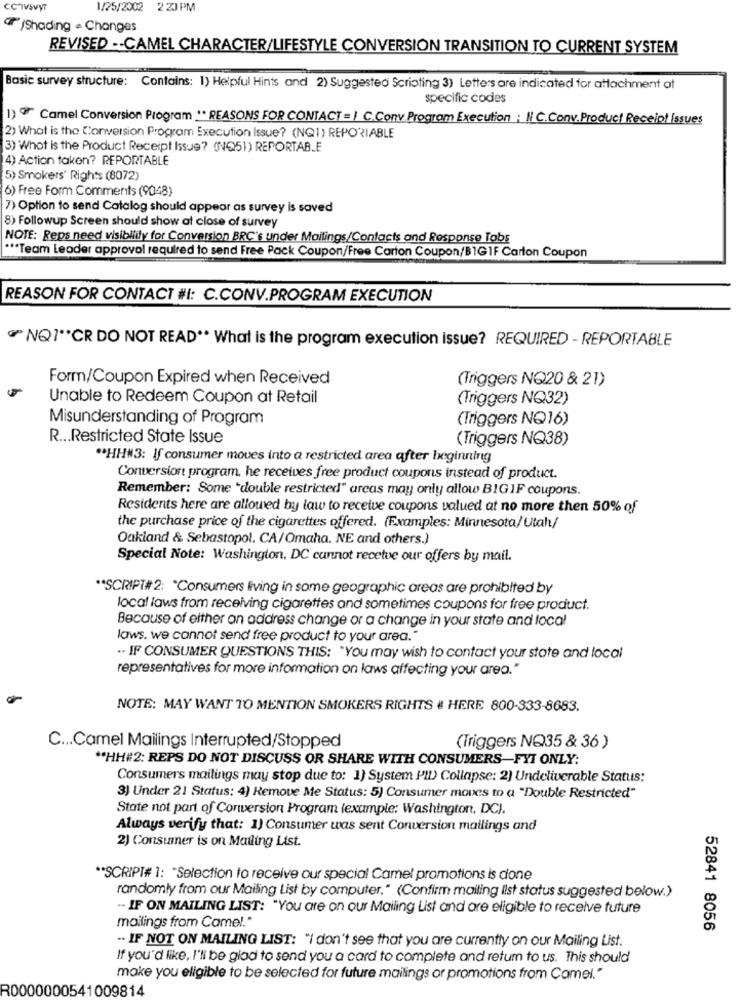
CCHIVSVYT
1/25/2002 2 ZJ PM
/Shading - Changes
REVISED -CAMEL CHARACTER/LIFESTYLE CONVERSION TRANSITION TO CURRENT SYSTEM
Basie survey structure: Contains: 1) Helpful Hints and 2) Suggested Scrioting 3) Letters are indicated for attachment of
specific codes
1) Camel Conversion Program " REASONS FOR CONTACT = | C.Conv. Program Execution : N .C.Conv.Product Receipt Issues
2) What is the Conversion Program Execution Issue? (NQ1) REPORIABLE
3) What is the Product Receipt Issue? (NQ51) REPORTABLE
4) Action taken? REPORTABLE
5) Smokers' Rights (8072)
6) Free Form Comments (9048)
7) Option to send Catalog should appear as survey is saved
8) Followup Screen should show at close of survey
NOTE: Reps need visibility for Conversion BRC's under Mailings/Contacts and Response Tobs
*** Team Leader approval required to send Free Pack Coupon/Free Carton Coupon/B1G1F Carton Coupon
REASON FOR CONTACT #I: C.CONV.PROGRAM EXECUTION
NQ1"CR DO NOT READ ** What is the program execution issue? REQUIRED - REPORTABLE
Form/Coupon Expired when Received
(Triggers NO20 & 21)
Unable to Redeem Coupon at Retail
(Triggers NQ32)
Misunderstanding of Program
(Triggers NQ16)
R ... Restricted State Issue
(Triggers NQ38)
** HH#3: If consumer moves into a restricted area after beginning
Conversion program, he receives free product coupons instead of product.
Remember: Some "double restricted" areas may only allow BIG1F coupons.
Residents here are allowed by law to receive coupons valued at no more then 50% of
the purchase price of the cigarettes offered. (Examples: Minnesota/Utah/
Oakland & Sebastopol. CA/Omaha. NE and others.)
Special Note: Washington, DC cannot recetve our offers by mail.
** SCRIPT# 2: "Consumers living in some geographic areas are prohibited by
local laws from receiving cigarettes and sometimes coupons for free product.
Because of either an address change or a change in your state and local
laws. we cannot send free product to your area."
.. IF CONSUMER QUESTIONS THIS: "You may wish to contact your state and local
representatives for more information on laws affecting your area."
NOTE: MAY WANT TO MENTION SMOKERS RIGHTS # HERE 800-333-8683.
C ... Camel Mailings Interrupted/Stopped
(Triggers NQ35 & 36 )
"HH#2: REPS DO NOT DISCUSS OR SHARE WITH CONSUMERS-FYI ONLY:
Consumers mailings may stop due to: 1) System PID Collapse: 2) Undeliverable Status:
3) Under 21 Status: 4) Remove Me Status: 5) Consumer moves to a "Double Restricted"
State not part of Conversion Program (example: Washington, DC).
Always verify that: 1) Consumer was sent Conversion mailings and
2) Consumer is on Mailing List.
** SCRIPT# 1: "Selection to receive our special Camel promotions is done
randomly from our Mailing List by computer." (Confirm mailing ilst status suggested below.)
.- IF ON MAILING LIST: "You are on our Mailing List and are eligible to receive future
mailings from Came !. "
52841 8056
.. IF NOT ON MAILING LIST: "I don't see that you are currently on our Mailing List.
If you'd like, I'll be glad to send you a card to complete and return to us. This should
make you eligible to be selected for future mailings or promotions from Camel."
R0000000541009814